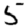
Digit: 5